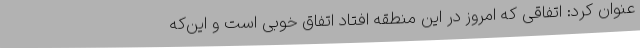
عنوان کرد: اتفاقی که امروز در این منطقه افتاد اتفاق خوبی است و این‌که